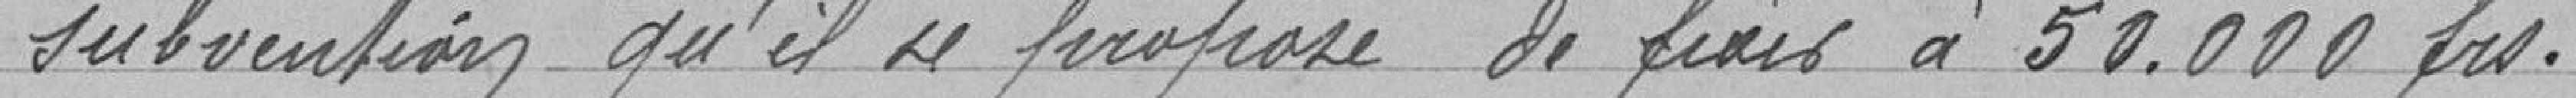
subvention qu'il se propose de fixer à 50 000 francs.